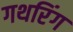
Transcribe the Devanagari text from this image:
गथरिंग